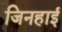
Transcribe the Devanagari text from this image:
जिनहाई